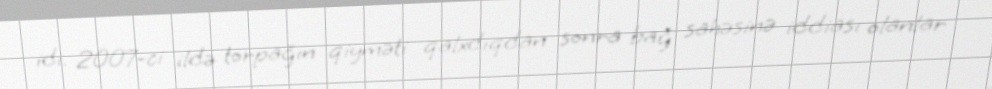
idi. 2007-ci ildə torpağın qiyməti qalxdıqdan sonra bağ sahəsinə iddiası olanlar